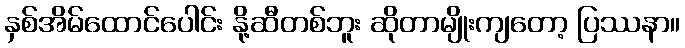
နှစ်အိမ်ထောင်ပေါင်း နို့ဆီတစ်ဘူး ဆိုတာမျိုးကျတော့ ပြဿနာ။